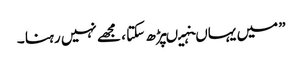
” میں یہاںنہیںپڑھ سکتا ، مجھے نہیں رہنا ۔